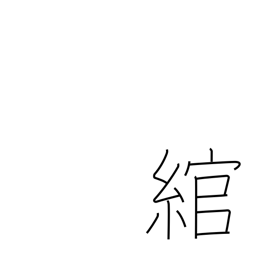
Meaning: bend around